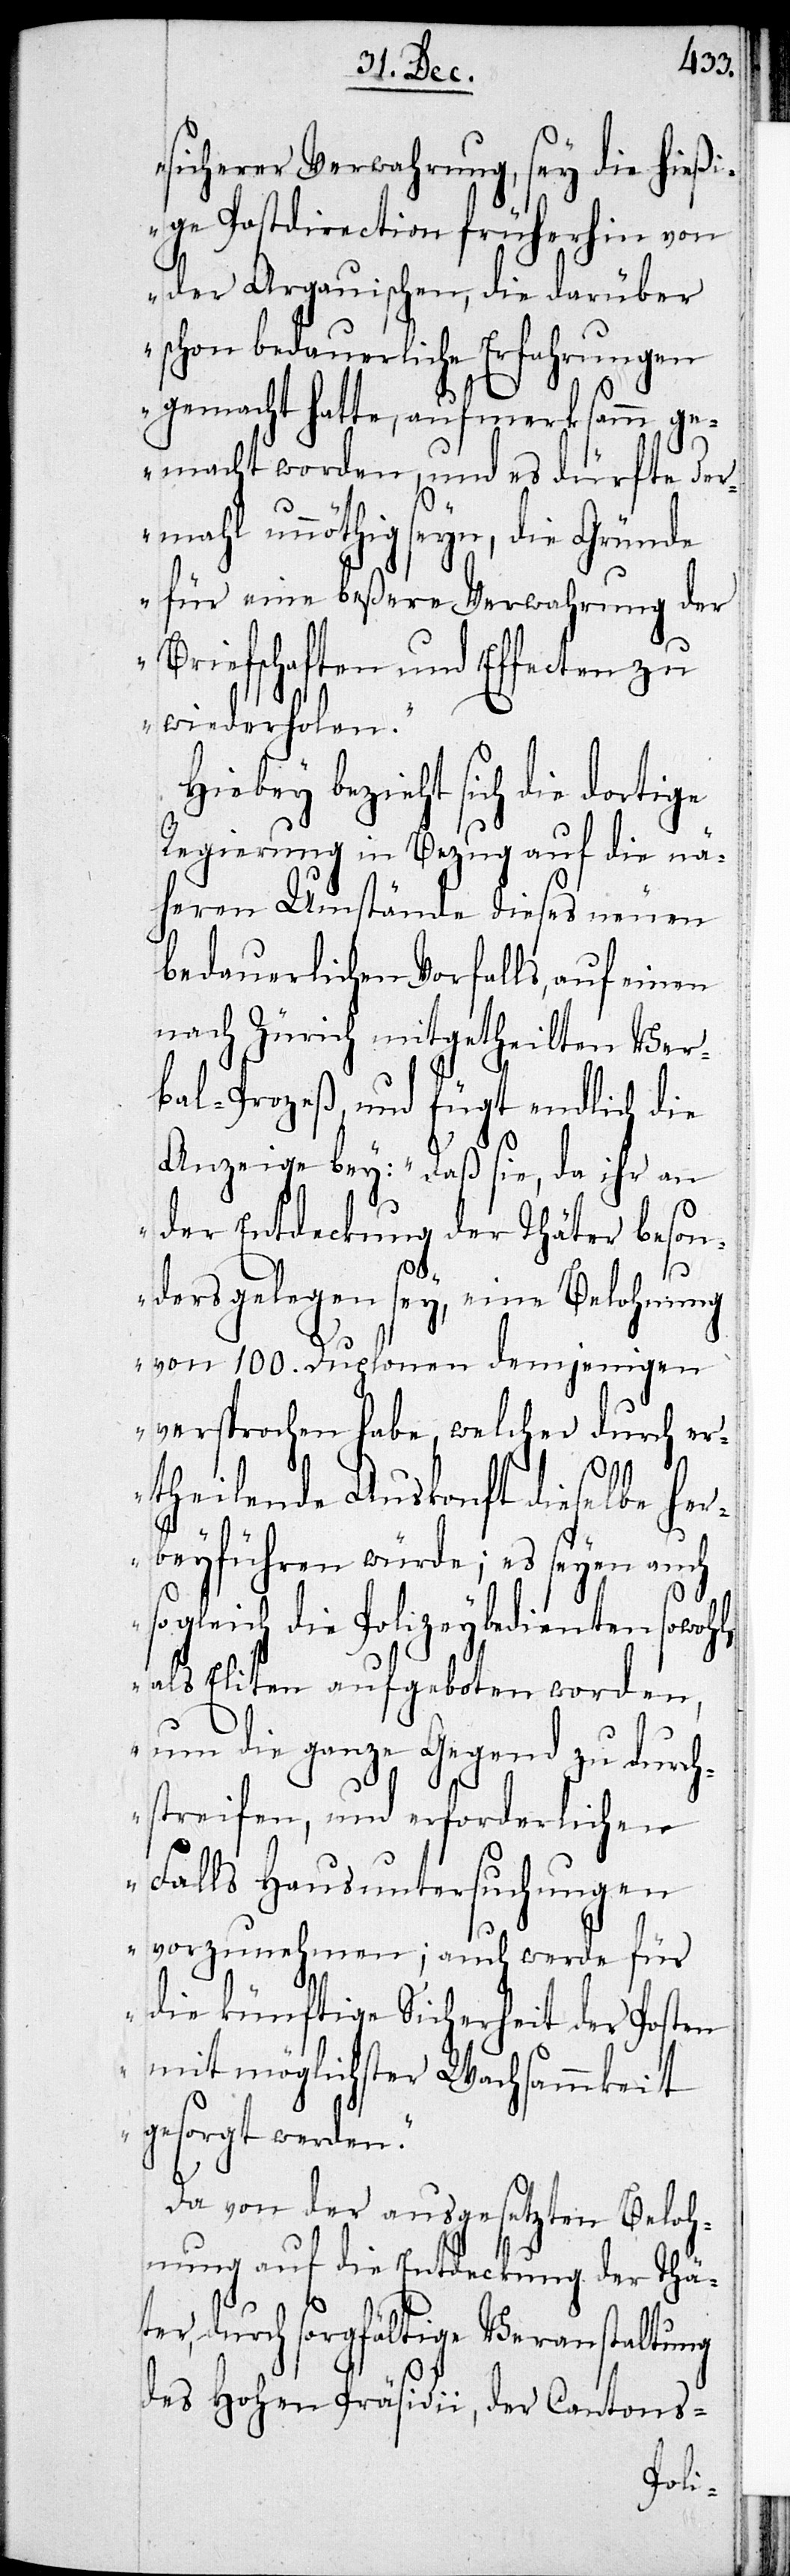
sicherer Verwahrung sey die hießi¬
ge Postdirection früherhin von
der Aargauischen, die darüber
schon bedauerliche Erfahrungen
gemacht hatte, aufmerksamm g¬
emacht worden, und es dürfte der¬
mahl unnöthig seyn, die Gründe
für eine beßere Verwahrung der
Briefschaften und Effecten zu
wiederholen.“
Hiebey bezieht sich die dortige
Regierung in Bezug auf die nä¬
heren Umstände dieses neuen
bedauerlichen Vorfalls, auf einen
nach Zürich mitgetheilten Ver¬
bal-Prozeß und fügt endlich die
Anzeige bey: „Daß sie, da ihr an
der Entdeckung der Thäter beson¬
l,
ders gelegen sey, eine Belohnung
von 100. Duplonen demjenigen
versprochen habe, welcher durch er¬
s¬
theilende Auskonft dieselbe her¬
beyführen würde; es seyen auch
ogleich die Polizeybedienten sowoh¬
als Eliten aufgeboten worden,
um die ganze Gegend zu durch¬
streifen, und erforderlichen
Falls Hausuntersuchungen
vorzunehmen; auch werde für
die künftige Sicherheit der Posten
mit möglichster Wachsammkeit
gesorgt werden.“
Da von der ausgesetzten Beloh¬
nung auf die Entdeckung der Thä¬
ter, durch sorgfältige Veranstaltung
des Hohen Präsidii, der Cantons-